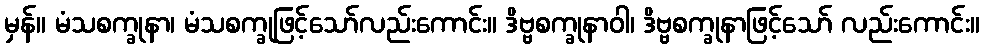
မှန်။ မံသစက္ခုနာ၊ မံသစက္ခုဖြင့်သော်လည်းကောင်း။ ဒိဗ္ဗစက္ခုနာဝါ၊ ဒိဗ္ဗစက္ခုနာဖြင့်သော် လည်းကောင်း။